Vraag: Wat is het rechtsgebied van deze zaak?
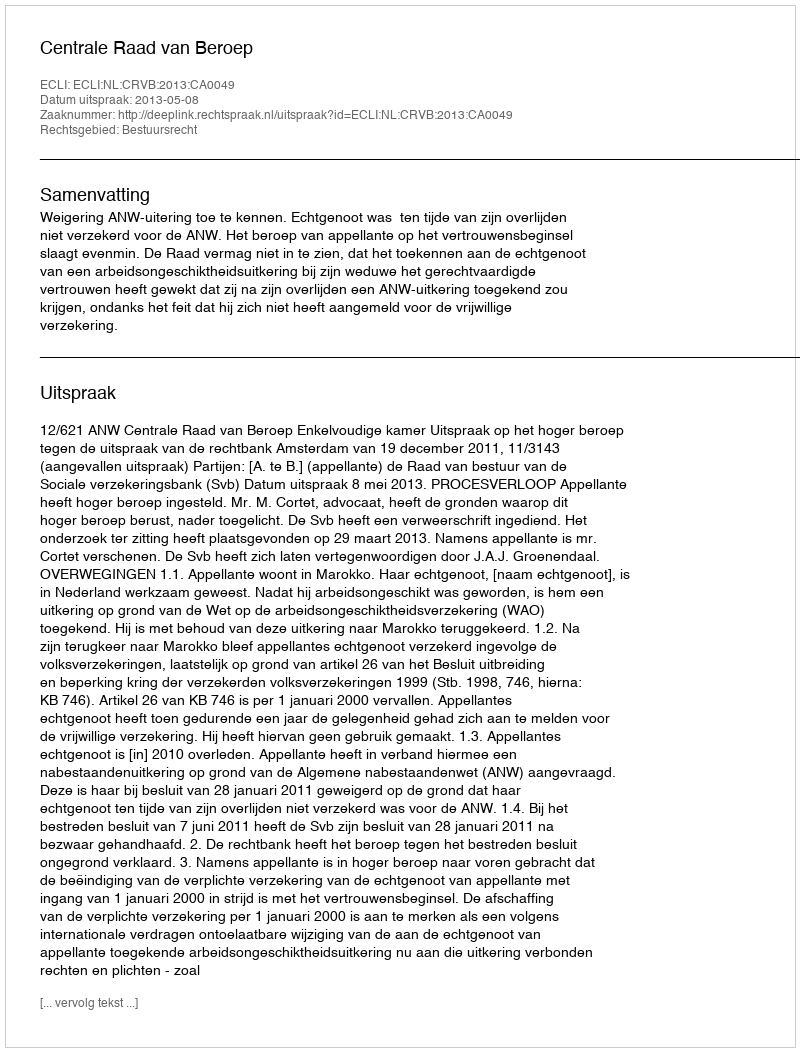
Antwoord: Bestuursrecht